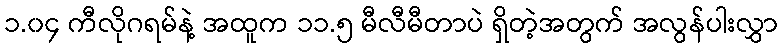
၁.၀၄ ကီလိုဂရမ်နဲ့ အထူက ၁၁.၅ မီလီမီတာပဲ ရှိတဲ့အတွက် အလွန်ပါးလွှာ